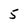
Character: 5